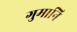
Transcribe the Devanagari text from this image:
गुमानि